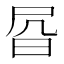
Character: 𰕾